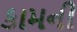
કામની